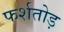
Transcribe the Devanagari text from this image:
फर्शतोड़